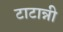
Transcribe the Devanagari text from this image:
टाटान्नी